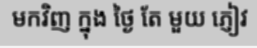
មកវិញ ក្នុង ថ្ងៃ តែ មួយ ភ្ញៀវ